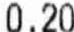
0.20